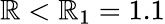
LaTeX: \mathbb{R}<\mathbb{R}_{1}=1.1